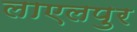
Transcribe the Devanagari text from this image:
लाएलपुर